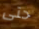
حتى